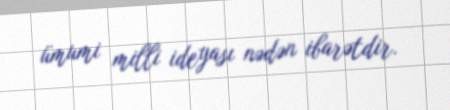
ümumi milli ideyası nədən ibarətdir.